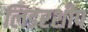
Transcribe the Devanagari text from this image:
लिडरशीप